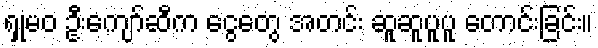
ရှုမဝ ဦးကျော်ဆီက ငွေတွေ အတင်း ဆူဆူပူပူ တောင်းခြင်း။